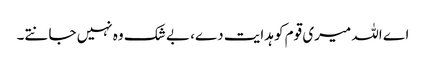
اے اللہ میری قوم کو ہدایت دے، بے شک وہ نہیں جانتے۔